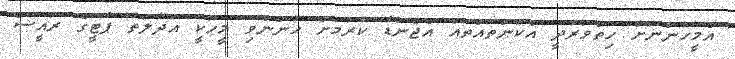
އެމީހުންނަށް ހިތްވަރުދީ އެކަންތައްތައް އެޖެންޑާ ކުރުމަށް ހުންނެވި މީހަކީ އަދާލަތު ޕާޓީގެ ރައީސް